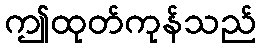
ဤထုတ်ကုန်သည်